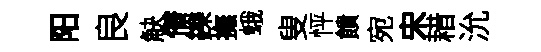
阳良觖僣鑠撫蛾叟怦饋宛宋耤沇